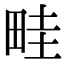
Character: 畦